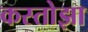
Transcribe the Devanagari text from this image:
कस्तोझा